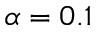
\alpha = 0 . 1